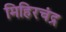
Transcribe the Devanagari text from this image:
मिहिरचंद्र